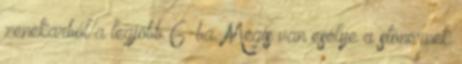
zenekarból a legjobb 6-ba. Mégis van esélye a stonernek